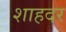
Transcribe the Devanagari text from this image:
शाहदर